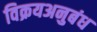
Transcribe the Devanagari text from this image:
विक्रयअनुबंध